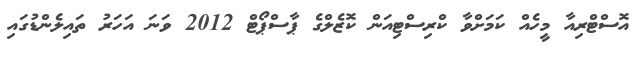
އޮސްޓްރިއާ މީހެއް ކަމަށްވާ ކްރިސްޓިއަން ކޮޒެލްގެ ޕާސްޕޯޓް 2012 ވަނަ އަހަރު ތައިލެންޑުގައި